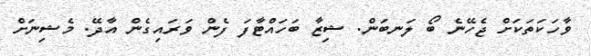
ވާހަކަތަކަށް ޖެހޭނެ ބޯ ލަނބަން. ޝިޒާ ބަހައްޓާފަ ފެން ވަރައިގެން އާދޭ. މެޝިނަށް